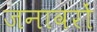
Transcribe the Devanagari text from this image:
जनावरों